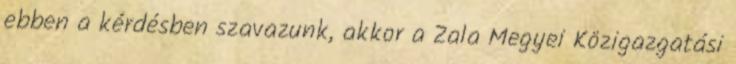
ebben a kérdésben szavazunk, akkor a Zala Megyei Közigazgatási